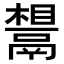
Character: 𬴷